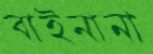
বাইনানা